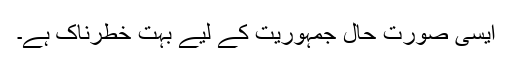
ایسی صورت حال جمہوریت کے لیے بہت خطرناک ہے۔